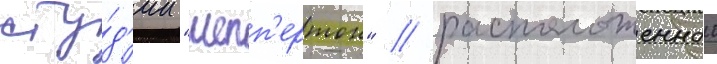
сту́д'ии "шепп'ертон" / расположеннои